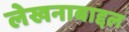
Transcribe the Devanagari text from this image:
लेखनाबाद्दल